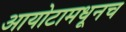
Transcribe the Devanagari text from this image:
आयोटामधूनच